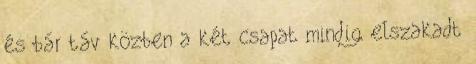
és bár táv közben a két csapat mindig elszakadt